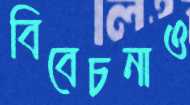
বিবেচনাও